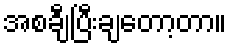
အစချီပြီးချတော့တာ။